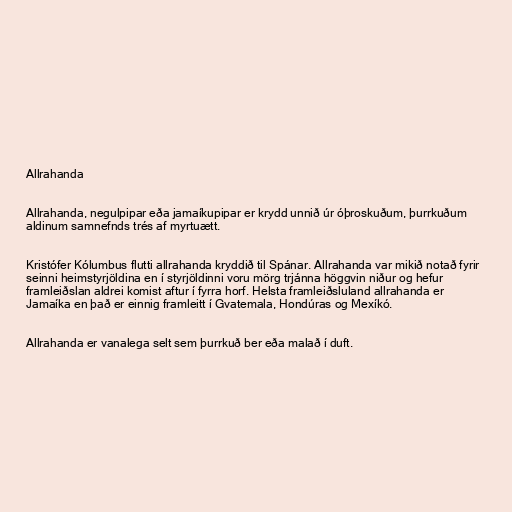
Allrahanda

Allrahanda, negulpipar eða jamaíkupipar er krydd unnið úr óþroskuðum, þurrkuðum
aldinum samnefnds trés af myrtuætt.

Kristófer Kólumbus flutti allrahanda kryddið til Spánar. Allrahanda var mikið notað fyrir
seinni heimstyrjöldina en í styrjöldinni voru mörg trjánna höggvin niður og hefur
framleiðslan aldrei komist aftur í fyrra horf. Helsta framleiðsluland allrahanda er
Jamaíka en það er einnig framleitt í Gvatemala, Hondúras og Mexíkó.

Allrahanda er vanalega selt sem þurrkuð ber eða malað í duft.